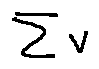
\sum v